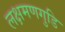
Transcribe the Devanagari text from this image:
लक्षमणगुडि